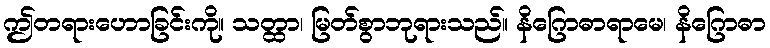
ဤတရားဟောခြင်းကို။ သတ္ထာ၊ မြတ်စွာဘုရားသည်။ နိဂြောဓာရာမေ၊ နိဂြောဓာ